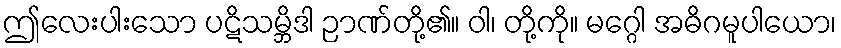
ဤလေးပါးသော ပဋိသမ္ဘိဒါ ဉာဏ်တို့၏။ ဝါ၊ တို့ကို။ မဂ္ဂေါ အဓိဂမူပါယော၊